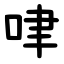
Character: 㖀